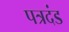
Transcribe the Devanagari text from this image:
पत्रदंड